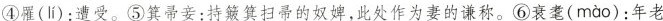
④罹( lí )：遭受。⑤箕帚妾：持簸箕扫帚的奴婢，此处作为妻的谦称。⑥衰耄( mào )：年老